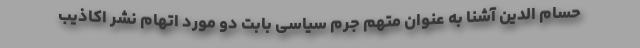
حسام الدین آشنا به عنوان متهم جرم سیاسی بابت دو مورد اتهام نشر اکاذیب